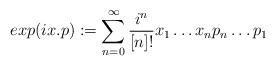
\begin{align*}exp(i x.p):= \sum^{\infty}_{n=0} \frac{i^{n}}{[n]!} x_{1}\ldots x_{n}p_{n}\ldots p_{1}\end{align*}